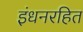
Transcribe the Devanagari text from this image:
इंधनरहित